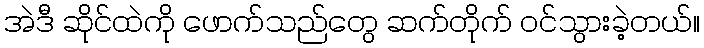
အဲဒီ ဆိုင်ထဲကို ဖောက်သည်တွေ ဆက်တိုက် ဝင်သွားခဲ့တယ်။